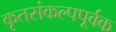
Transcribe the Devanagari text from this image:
कृतसंकल्पपूर्वक